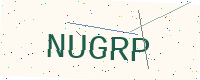
Text: NUGRP